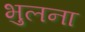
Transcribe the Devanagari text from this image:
भुलना